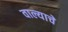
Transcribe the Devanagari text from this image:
वाल्याचे